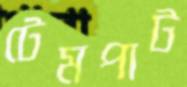
টেমপাট